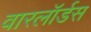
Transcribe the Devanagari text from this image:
वारलॉर्डस